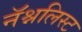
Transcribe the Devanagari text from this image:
नॅश्नलिस्ट